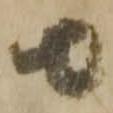
由